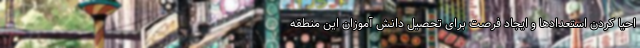
احیا کردن استعدادها و ایجاد فرصت برای تحصیل دانش آموزان این منطقه